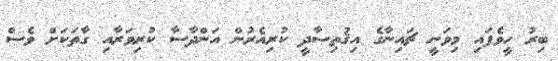
ބިރު ހީވެފައި މިވަނީ ޗައިނާގެ އިޤުތިޞާދީ ކުރިއެރުން އަންދާސާ ކުރިވަރާއި ގާތަކަށް ވެސް